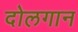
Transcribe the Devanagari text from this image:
दोलगान